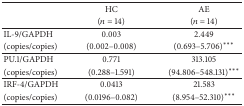
|  | HC | AE |
 |  | (n = 14) | (n = 14) |
 | --- | --- | --- |
 | IL-9/GAPDH | 0.003 | 2.449 |
 | (copies/copies) | (0.002–0.008) | (0.693–5.706)*** |
 | PU.1/GAPDH | 0.771 | 313.105 |
 | (copies/copies) | (0.288–1.591) | (94.806–548.131)*** |
 | IRF-4/GAPDH | 0.0413 | 21.583 |
 | (copies/copies) | (0.0196–0.082) | (8.954–52.310)*** |